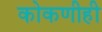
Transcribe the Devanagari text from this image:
कोकणीही